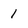
Character: 1